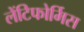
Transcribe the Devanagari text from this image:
लेंटिफोर्मिस